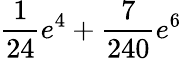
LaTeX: \frac{1}{24}e^{4}+\frac{7}{240}e^{6}